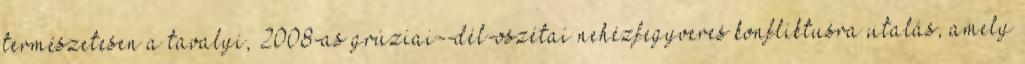
természetesen a tavalyi, 2008-as grúziai--dél-oszétai nehézfegyveres konfliktusra utalás, amely